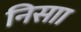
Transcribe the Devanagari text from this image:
निसाा